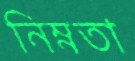
নিম্নতা